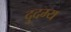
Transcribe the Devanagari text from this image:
दुदम्य